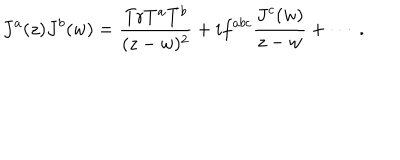
J ^ { a } ( z ) J ^ { b } ( w ) = \frac { \mathrm { T r } T ^ { a } T ^ { b } } { ( z - w ) ^ { 2 } } + i f ^ { a b c } \frac { J ^ { c } ( w ) } { z - w } + \cdots ~ .